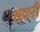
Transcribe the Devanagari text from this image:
शकरी